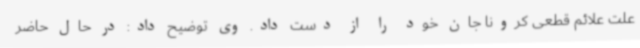
علت علائم قطعی کرونا جان خود را از دست داد. وی توضیح داد: در حال حاضر